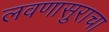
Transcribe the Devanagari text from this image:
लवणासुराचा